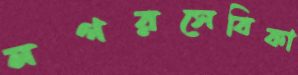
নগরসেবিকা